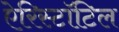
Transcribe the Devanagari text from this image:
ऐरिस्टॉटिल